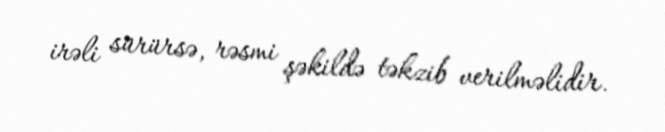
irəli sürürsə, rəsmi şəkildə təkzib verilməlidir.